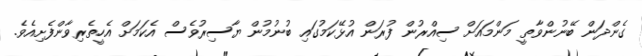
ގެންދަން ބޭނުންވާތީ މަންމައަށް ސިއްރުން ފުރަން އުޅޭކަމުގައި ބުނުމުން ޔާސިރުވެސް އެކަމަށް އެހީތެރިވާންފެށިއެވެ.